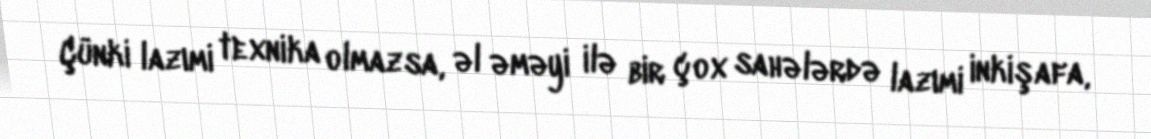
Çünki lazımi texnika olmazsa, əl əməyi ilə bir çox sahələrdə lazımi inkişafa,